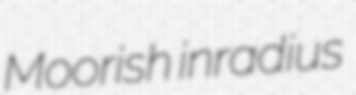
Moorish inradius